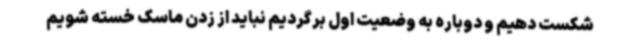
شکست دهیم و دوباره به وضعیت اول برگردیم نباید از زدن ماسک خسته شویم